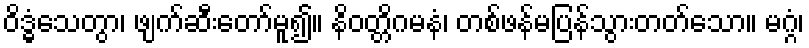
ဝိဒ္ဓံသေတွာ၊ ဖျက်ဆီးတော်မူ၍။ နိဝတ္တိဂမနံ၊ တစ်ဖန်မပြန်သွားတတ်သော။ မဂ္ဂံ၊